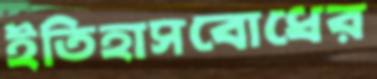
ইতিহাসবোধের